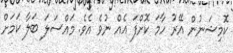
ކޮމިޝަނުން އޭރު ހާމަ ކޮށްފަ އެއް ނުވެ އެވެ. މައްސަލަ ބަލާ ކަމަށް